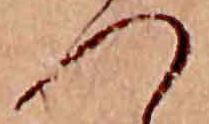
つ